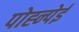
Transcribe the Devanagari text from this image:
पोह्न्पेई